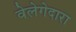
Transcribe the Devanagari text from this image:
वेलेगेदारा